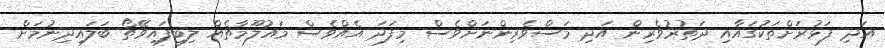
އަދި ފަޅުރަށްތަކުގައާއި ދަތުރުވެރިން އަދި މަސްވެރިންނަށްވެސް މިފަދަ އެއްވެސް މައުލޫމާތެއް ލިބިފައިވޭތޯ ބަލައިދިނުމަށް